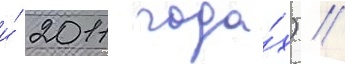
и́ 2011 года́х) //